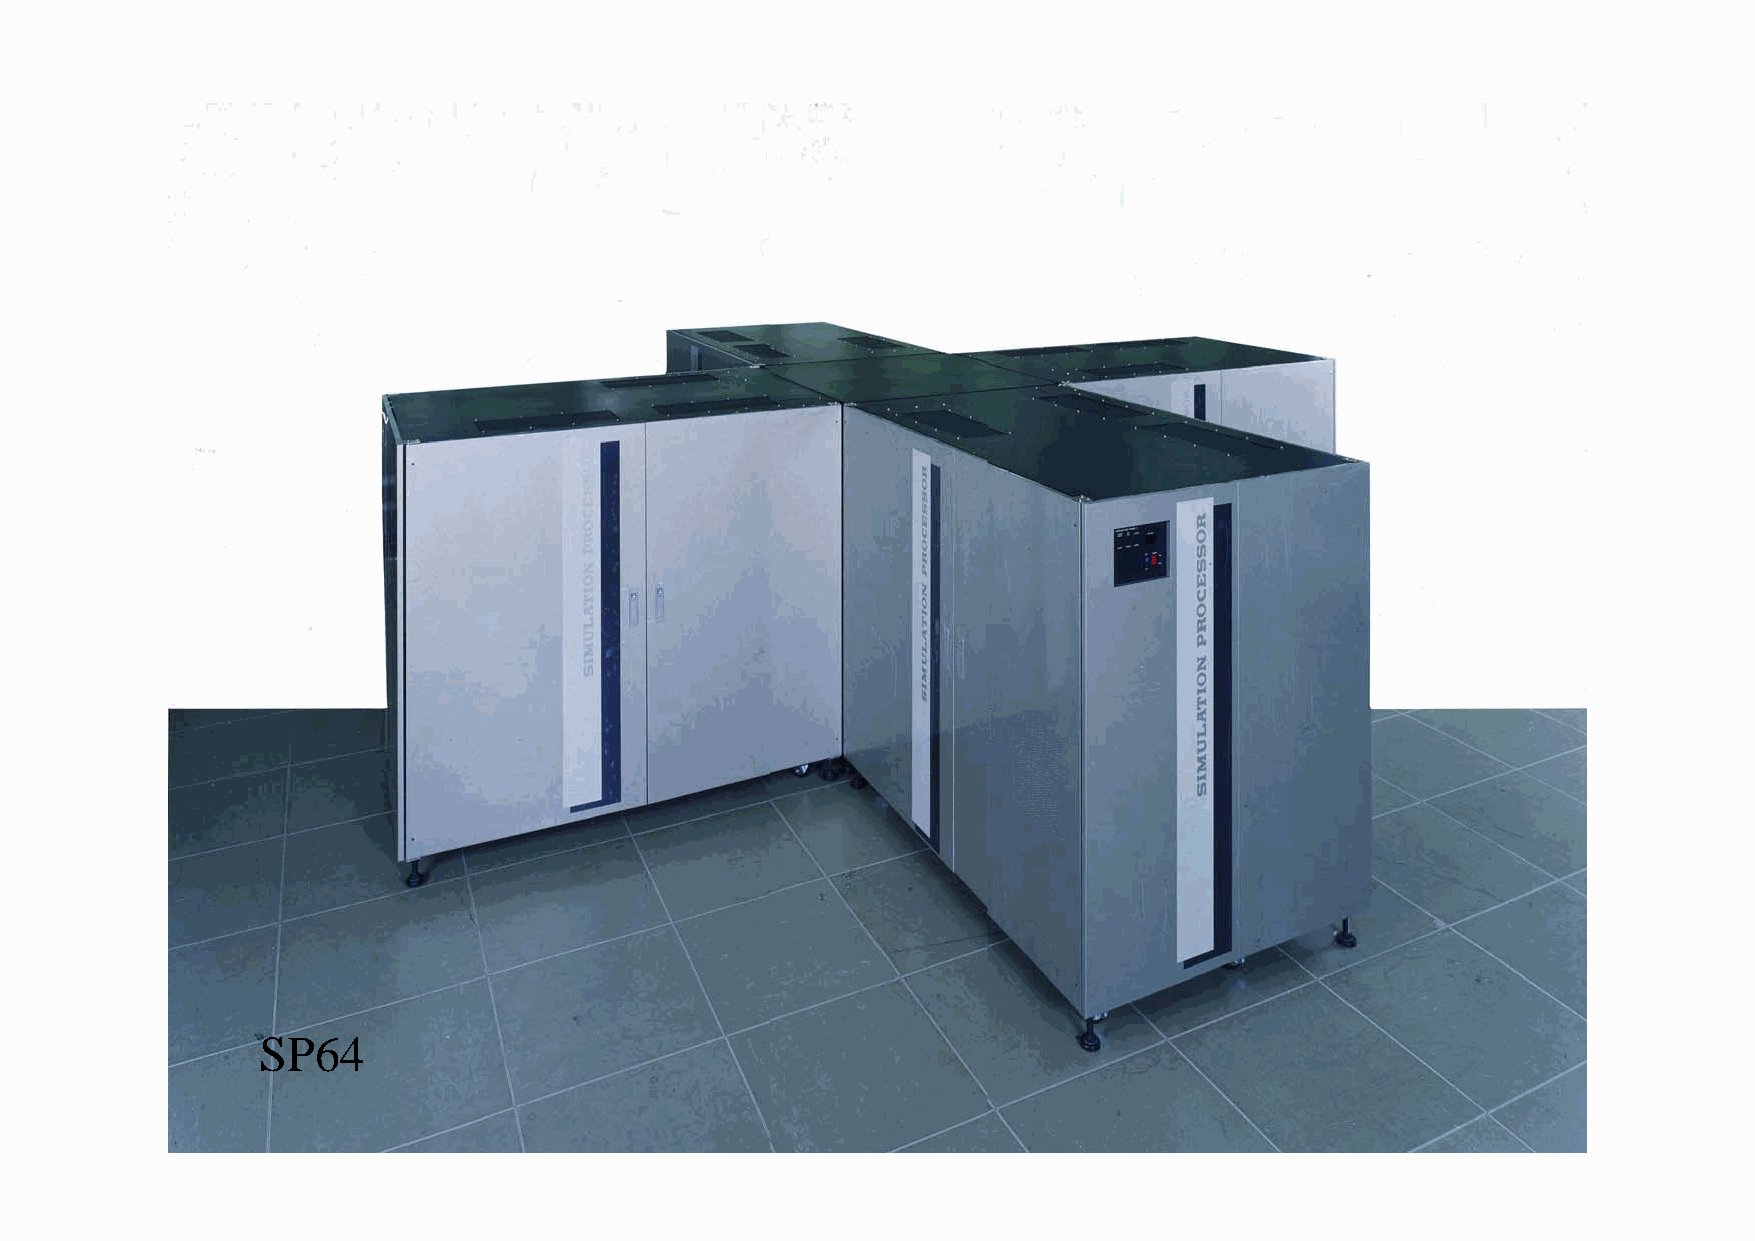
SP64
 2007/07/26               All Right Reserved(C)2007情報システム論-石井                     4